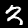
Label: 3